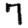
Digit: 7